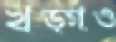
খড়্গও